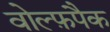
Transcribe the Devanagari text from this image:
वोल्फ़पैक